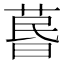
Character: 𦳜